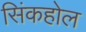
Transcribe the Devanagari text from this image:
सिंकहोल